Scientific memoirs by medical officers of the Army of India - Part III,
Year: 1887
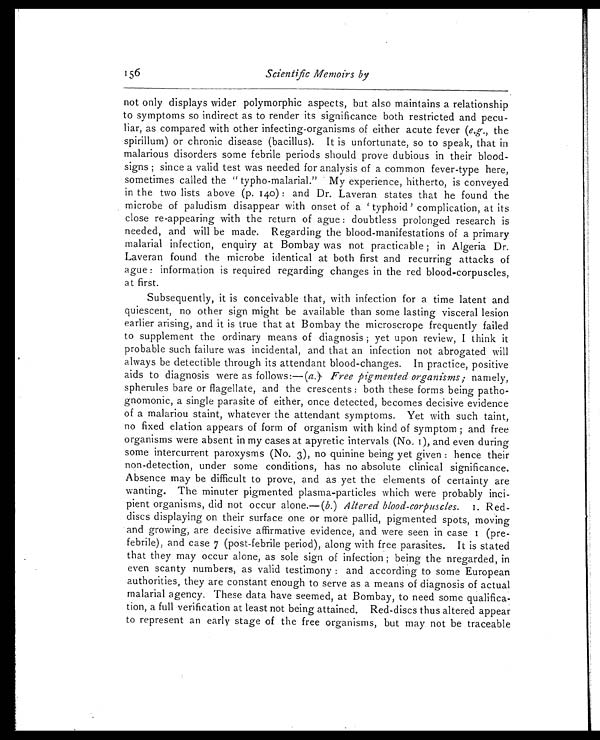
156
Scientific Memoirs by
not only displays wider polymorphic aspects, but also maintains a relationship
to symptoms so indirect as to render its significance both restricted and pecu--
liar, as compared with other infecting-organisms of either acute fever ( e.g., the
spirillum) or chronic disease (bacillus). It is unfortunate, so to speak, that in
malarious disorders some febrile periods should prove dubious in their blood-
signs ; since a valid test was needed for analysis of a common fever-type here,
sometimes called the “typho-malarial.” My experience, hitherto, is conveyed
in the two lists above (p. 140) : and Dr. Laveran states that he found the
microbe of paludism disappear with onset of a ‘typhoid’ complication, at its
close re-appearing with the return of ague : doubtless prolonged research is
needed, and will be made. Regarding the blood-manifestations of a primary
malarial infection, enquiry at Bombay was not practicable ; in Algeria Dr.
Laveran found the microbe identical at both first and recurring attacks of
ague : information is required regarding changes in the red blood-corpuscles,
at first.
Subsequently, it is conceivable that, with infection for a time latent and
quiescent, no other sign might be available than some lasting visceral lesion
earlier arising, and it is true that at Bombay the microscrope frequently failed
to supplement the ordinary means of diagnosis ; yet upon review, I think it
probable such failure was incidental, and that an infection not abrogated will
always be detectible through its attendant blood-changes. In practice, positive
aids to diagnosis were as follows:—( a. ) Free pigmented organisms; namely,
spherules bare or flagellate, and the crescents : both these forms being patho-
gnomonic, a single parasite of either, once detected, becomes decisive evidence
of a malariou staint, whatever the attendant symptoms. Yet with such taint,
no fixed elation appears of form of organism with kind of symptom ; and free
organisms were absent in my cases at apyretic intervals (No. I), and even during
some intercurrent paroxysms (No. 3), no quinine being yet given : hence their
non-detection, under some conditions, has no absolute clinical significance.
Absence may be difficult to prove, and as yet the elements of certainty are
wanting. The minuter pigmented plasma-particles which were probably inci--
pient organisms, did not occur alone.—( b. ) Altered blood-corpuscles.I .
Red-
discs displaying on their surface one or more pallid, pigmented spots, moving
and growing, are decisive affirmative evidence, and were seen in case 1 (pre-
febrile), and case 7 (post-febrile period), along with free parasites. It is stated
that they may occur alone, as sole sign of infection ; being the nregarded, in
even scanty numbers, as valid testimony : and according to some European
authorities, they are constant enough to serve as a means of diagnosis of actual
malarial agency. These data have seemed, at Bombay, to need some qualifica--
tion, a full verification at least not being attained. Red-discs thus altered appear
to represent an early stage of the free organisms, but may not be traceable